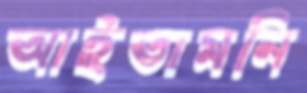
আইতামনি